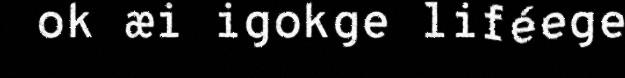
ok æi igokge liféege